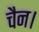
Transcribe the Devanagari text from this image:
चैन।